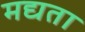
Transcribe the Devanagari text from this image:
मद्यता